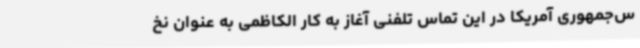
س‌جمهوری آمریکا در این تماس تلفنی آغاز به کار الکاظمی به عنوان نخ